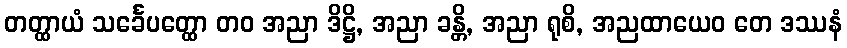
တတ္ထာယံ သင်္ခေပတ္ထော တဝ အညာ ဒိဋ္ဌိ, အညာ ခန္တိ, အညာ ရုစိ, အညထာယေဝ တေ ဒဿနံ